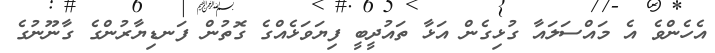
އެހެންވެ އެ މައްސަލައާ ގުޅިގެން އަޅާ ތައުދީބީ ފިޔަވަޅެއްގެ ގޮތުން ފަނޑިޔާރުންގެ ގާނޫނުގެ